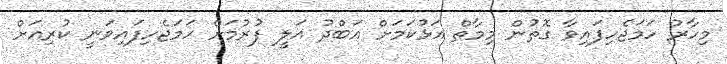
މިހާރު ހަމަޖެހިފައިވާ ގޮތުން މިމާތް އަޅުކަމަށް އަބްދު އަލީ ފުރުމަށް ހަމަޖެހިފައިވަނީ ކުރިއަށް